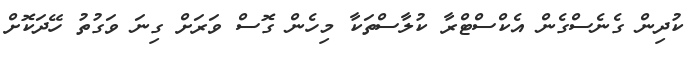
ކުދިން ގެނެސްގެން އެކްސްޓްރާ ކުލާސްތަކާ މިހެން ގޮސް ވަރަށް ގިނަ ވަގުތު ހޭދަކޮށް